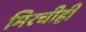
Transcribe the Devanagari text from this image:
मिरचीही